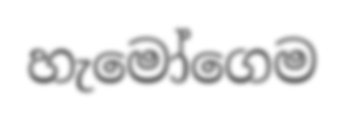
හැමෝගෙම